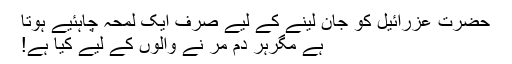
حضرت عزرائیلؑ کو جان لینے کے لیے صرف ایک لمحہ چاہئیے ہوتا
ہے مگرہر دم مر نے والوں کے لیے کیا ہے!